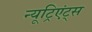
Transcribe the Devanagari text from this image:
न्यूट्रिएंट्स